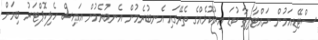
ސްޓޭޑިއަމުން ނައްޓާލިތާ ކުޑަ އިރުކޮޅެއްގެ ތެރޭގައި އެނބުރެމުން އެނބުރެމުން އައިސް ހެލިކޮޕްޓަރު ބިމަށް